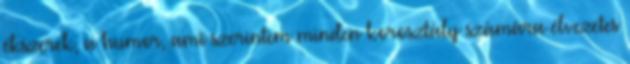
ékszerek, a humor, ami szerintem minden korosztály számára élvezetes